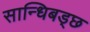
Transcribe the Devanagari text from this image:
सान्धिबड्छ